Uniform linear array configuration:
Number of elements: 32
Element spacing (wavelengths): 0.75
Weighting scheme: kaiser
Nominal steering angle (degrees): -30
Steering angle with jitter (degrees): -28.393
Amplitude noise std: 0.05
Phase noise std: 0.05

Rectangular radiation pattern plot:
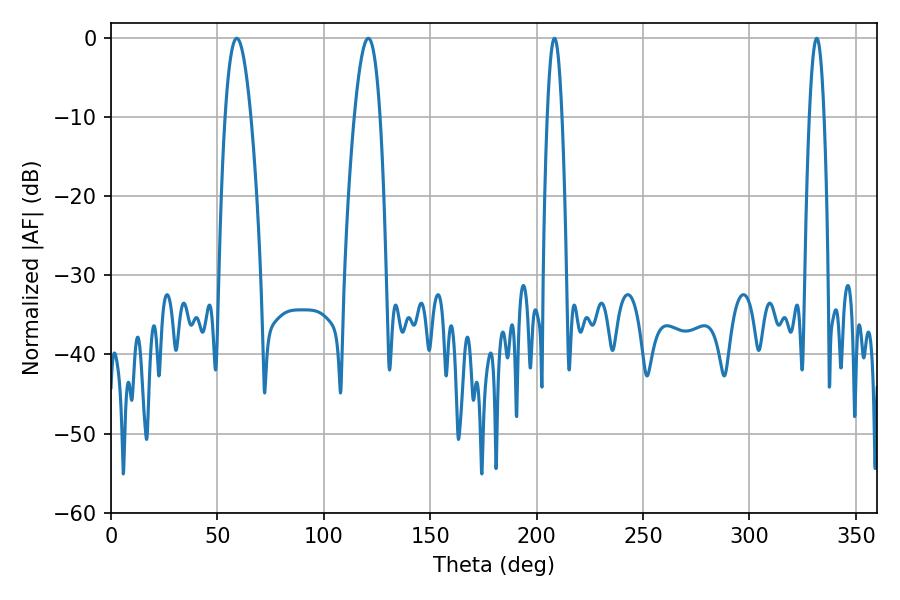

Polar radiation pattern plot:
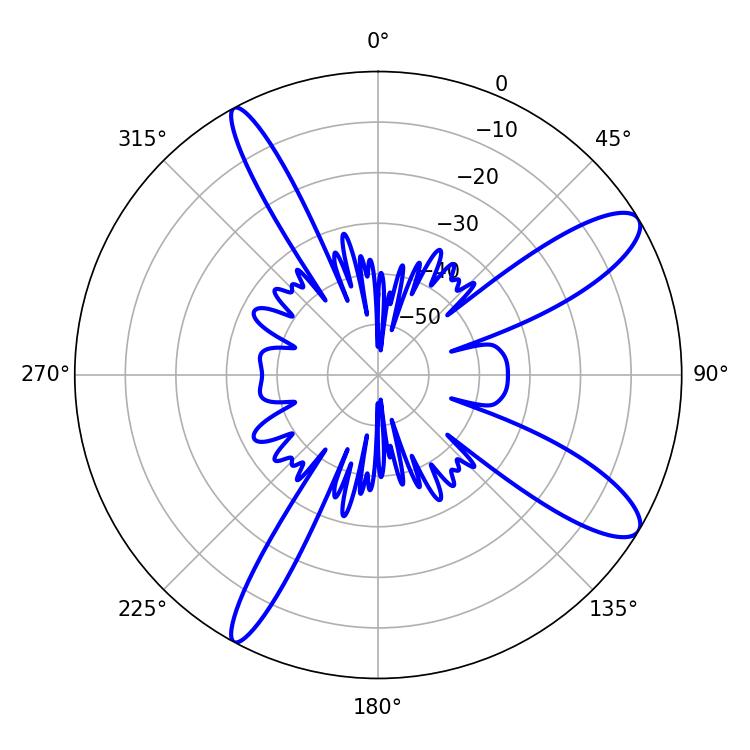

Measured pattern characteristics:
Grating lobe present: TRUE
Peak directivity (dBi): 11.352
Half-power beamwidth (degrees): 6.66
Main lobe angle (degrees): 59.04